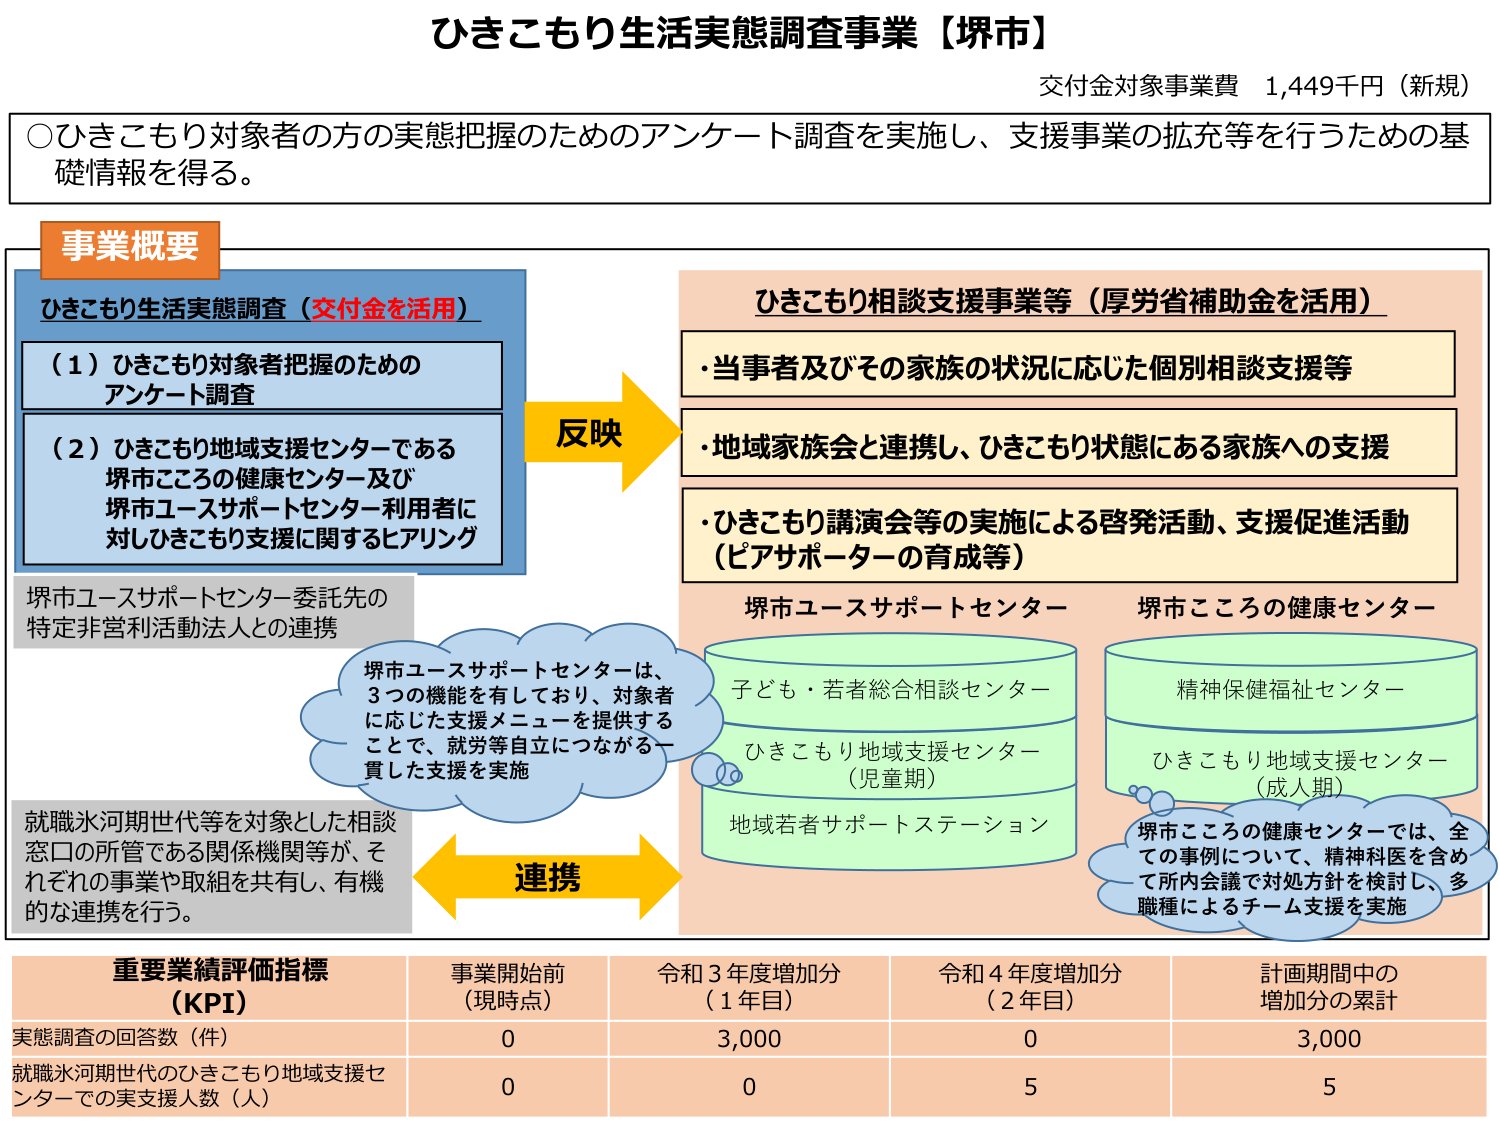
ひきこもり生活実態調査事業【堺市】
交付金対象事業費 1,449千円（新規）

○ひきこもり対象者の方の実態把握のためのアンケート調査を実施し、支援事業の拡充等を行うための基礎情報を得る。

**事業概要**

**ひきこもり生活実態調査（交付金を活用）**
（１）ひきこもり対象者把握のためのアンケート調査
（２）ひきこもり地域支援センターである堺市こころの健康センター及び堺市ユースサポートセンター利用者に対しひきこもり支援に関するヒアリング

堺市ユースサポートセンター委託先の特定非営利活動法人との連携

堺市ユースサポートセンターは、3つの機能を有しており、対象者に応じた支援メニューを提供することで、就労等自立につながる一貫した支援を実施

就職氷河期世代等を対象とした相談窓口の所管である関係機関等が、それぞれの事業や取組を共有し、有機的な連携を行う。

**反映**

**ひきこもり相談支援事業等（厚労省補助金を活用）**
・当事者及びその家族の状況に応じた個別相談支援等
・地域家族会と連携し、ひきこもり状態にある家族への支援
・ひきこもり講演会等の実施による啓発活動、支援促進活動（ピアサポーターの育成等）

**堺市ユースサポートセンター**
子ども・若者総合相談センター
ひきこもり地域支援センター（児童期）
地域若者サポートステーション

**堺市こころの健康センター**
精神保健福祉センター
ひきこもり地域支援センター（成人期）

堺市こころの健康センターでは、全ての事例について、精神科医を含めて所内会議で対処方針を検討し、多職種によるチーム支援を実施

**連携**

**重要業績評価指標（KPI）**
|  | 事業開始前（現時点） | 令和3年度増加分（1年目） | 令和4年度増加分（2年目） | 計画期間中の増加分の累計 |
|---|---|---|---|---|
| 実態調査の回答数（件） | 0 | 3,000 | 0 | 3,000 |
| 就職氷河期世代のひきこもり地域支援センターでの実支援人数（人） | 0 | 0 | 5 | 5 |